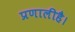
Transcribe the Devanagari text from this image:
प्रणालीहै।